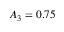
A _ { 3 } = 0 . 7 5